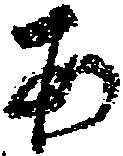
あ